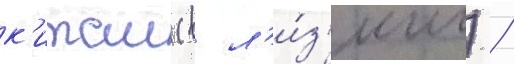
к'итаи (в л'и́з'инг) /